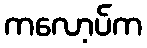
ကလော့ပ်က